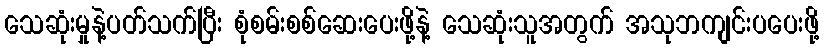
သေဆုံးမှုနဲ့ပတ်သက်ပြီး စုံစမ်းစစ်ဆေးပေးဖို့နဲ့ သေဆုံးသူအတွက် အသုဘကျင်းပပေးဖို့